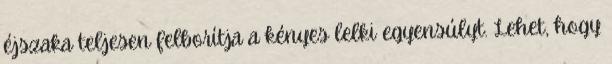
éjszaka teljesen felborítja a kényes lelki egyensúlyt. Lehet, hogy